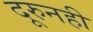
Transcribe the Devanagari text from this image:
दूरुनही